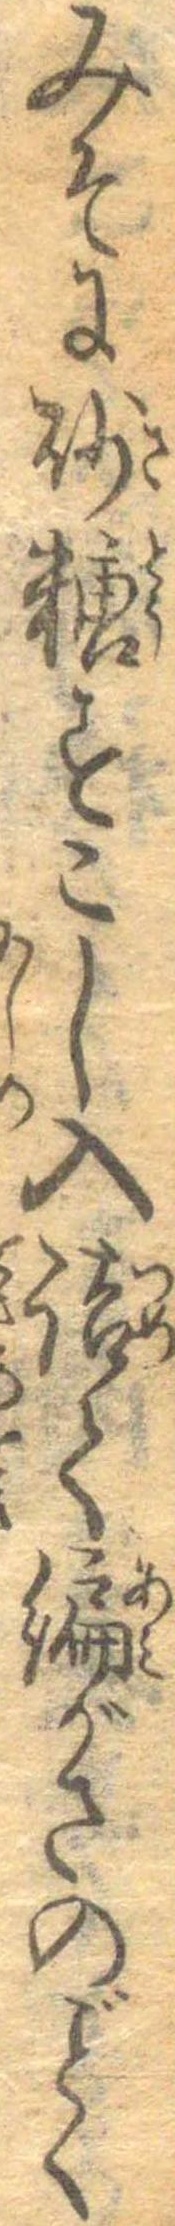
みそに砂糖すこし入詰て編がさのごとく